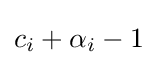
c_{i}+\alpha _{i}-1